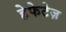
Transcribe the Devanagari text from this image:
हेफेटेज़